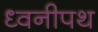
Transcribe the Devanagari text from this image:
ध्वनीपथ